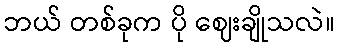
ဘယ် တစ်ခုက ပို ဈေးချိုသလဲ။